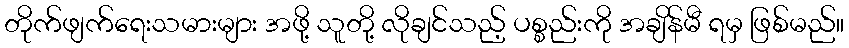
တိုက်ဖျက်ရေးသမားများ အဖို့ သူတို့ လိုချင်သည့် ပစ္စည်းကို အချိန်မီ ရမှ ဖြစ်မည်။